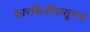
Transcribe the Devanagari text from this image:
कारकिर्दीपासूनच